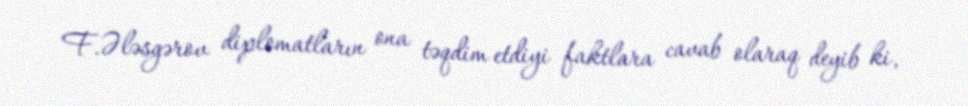
F.Ələsgərov diplomatların ona təqdim etdiyi faktlara cavab olaraq deyib ki,